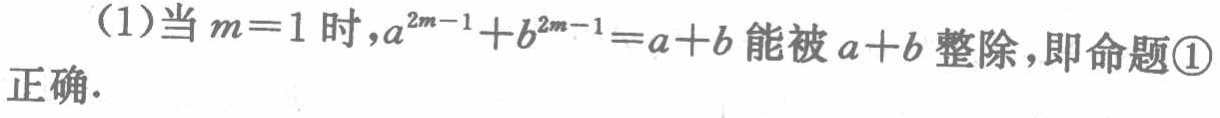
(1)当\(m = 1\)时，\(a^{2m - 1}+b^{2m - 1}=a + b\)能被\(a + b\)整除，即命题\textcircled{1}正确.